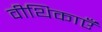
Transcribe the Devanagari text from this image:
वीथिकाएँ